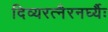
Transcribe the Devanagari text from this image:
दिव्यरत्नैरनर्घ्यैः